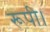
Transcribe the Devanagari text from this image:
रूपी।